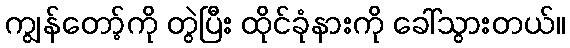
ကျွန်တော့်ကို တွဲပြီး ထိုင်ခုံနားကို ခေါ်သွားတယ်။